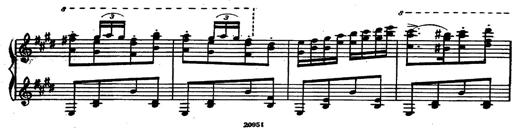
Title: Magyar rapszÃ³diÃ¡k
Composer: Franz Liszt